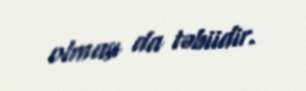
olması da təbiidir.